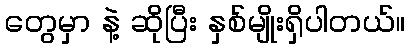
တွေမှာ နဲ့ ဆိုပြီး နှစ်မျိုးရှိပါတယ်။